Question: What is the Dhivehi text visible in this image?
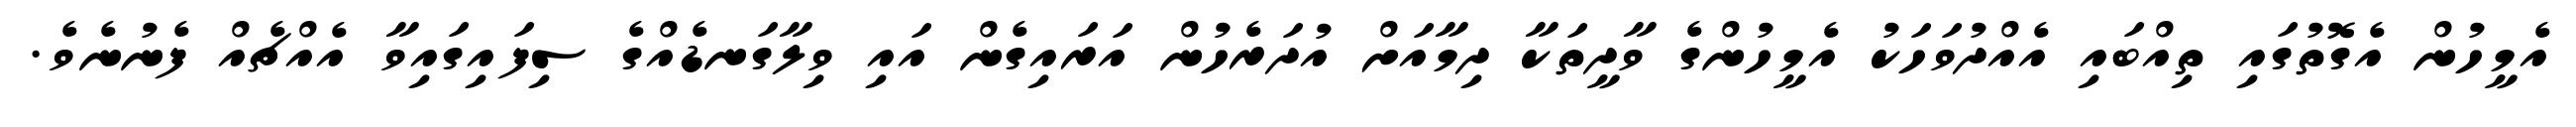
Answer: އެމީހުން އެގޮތުގައި ތިއްބައި އެއްދުވަހަކު އެމީހުންގެ ވާދީތަކާ ދިމާއަށް އުދަރެހުން އަރައިގެން އައި ވިލާގަނޑެއްގެ ސިފައިގައިވާ އެއްޗެއް ފެނުނެވެ.